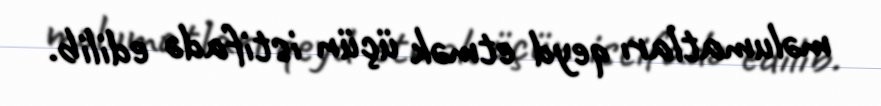
məlumatları qeyd etmək üçün istifadə edilib.